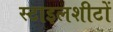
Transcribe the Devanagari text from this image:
स्टाइलशीटों